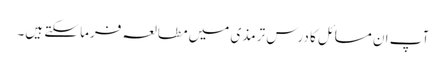
آپ ان مسائل کا درس ترمذی میں مطالعہ فرما سکتے ہیں۔